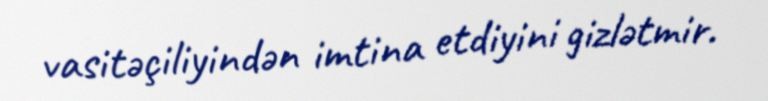
vasitəçiliyindən imtina etdiyini gizlətmir.